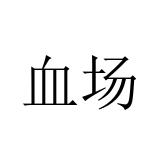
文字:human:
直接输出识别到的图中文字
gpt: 血场